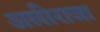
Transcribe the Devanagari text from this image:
अलीराजा